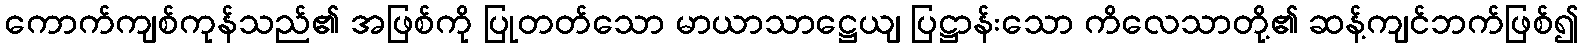
ကောက်ကျစ်ကုန်သည်၏ အဖြစ်ကို ပြုတတ်သော မာယာသာဋ္ဌေယျ ပြဋ္ဌာန်းသော ကိလေသာတို့၏ ဆန့်ကျင်ဘက်ဖြစ်၍